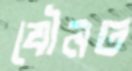
যৌনত